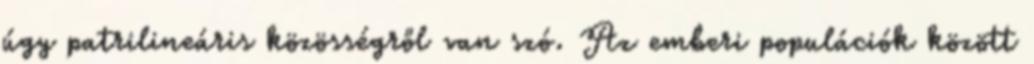
úgy patrilineáris közösségről van szó. Az emberi populációk között